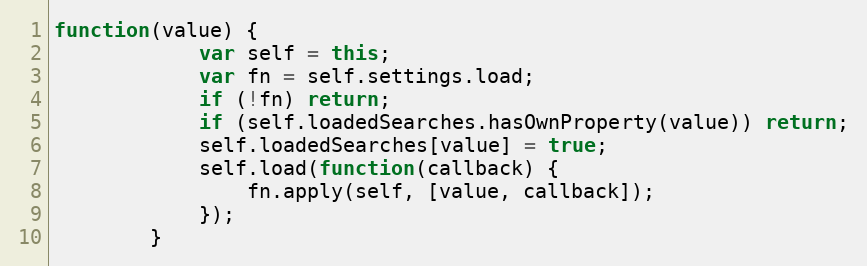
Language: JavaScript
function(value) {
			var self = this;
			var fn = self.settings.load;
			if (!fn) return;
			if (self.loadedSearches.hasOwnProperty(value)) return;
			self.loadedSearches[value] = true;
			self.load(function(callback) {
				fn.apply(self, [value, callback]);
			});
		}